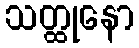
သတ္ထုနော